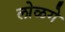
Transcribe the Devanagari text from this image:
लोळगे